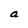
Character: a